Annual report of the Bengal Veterinary College and of the Civil Veterinary Department, Bengal, for the year 1918-19 - 1918-1919
Year: 1918
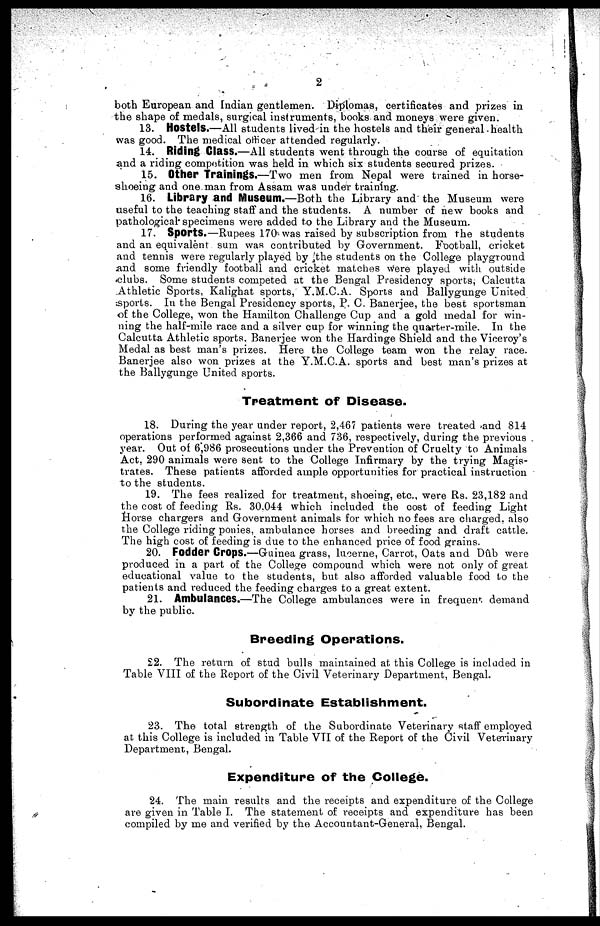
2
both European and Indian gentlemen. Diplomas, certificates and prizes in
the shape of medals, surgical instruments, books and moneys were given.
13. Hostels.—All students lived in the hostels and their general health
was good. The medical officer attended regularly.
14. Riding Class.—All students went through the course of equitation
and a riding competition was held in which six students secured prizes.
15. Other Trainings.—Two men from Nepal were trained in horse-
shoeing and one man from Assam was under training.
16. Library and Museum.—Both the Library and the Museum were
useful to the teaching staff and the students. A number of new books and
pathological specimens were added to the Library and the Museum.
17. Sports.—Rupees 170 was raised by subscription from the students
and an equivalent sum was contributed by Government. Football, cricket
and tennis were regularly played by the students on the College playground
and some friendly football and cricket matches were played with outside
clubs. Some students competed at the Bengal Presidency sports, Calcutta
Athletic Sports. Kalighat sports, Y.M.C.A. Sports and Ballygunge United
sports. In the Bengal Presidency sports, P. C. Banerjee, the best sportsman
of the College, won the Hamilton Challenge Cup and a gold medal for win-
ning the half-mile race and a silver cup for winning the quarter-mile. In the
Calcutta Athletic sports, Banerjee won the Hardinge Shield and the Viceroy's
Medal as best man's prizes. Here the College team won the relay race.
Banerjee also won prizes at the Y.M.C.A. sports and best man's prizes at
the Ballygunge United sports.
Treatment of Disease.
18. During the year under report, 2,467 patients were treated and 814
operations performed against 2,366 and 736, respectively, during the previous
year. Out of 6,986 prosecutions under the Prevention of Cruelty to Animals
Act, 290 animals were sent to the College Infirmary by the trying Magis-
trates. These patients afforded ample opportunities for practical instruction
to the students.
19. The fees realized for treatment, shoeing, etc., were Rs. 23,182 and
the cost of feeding Rs. 30.044 which included the cost of feeding Light
Horse chargers and Government animals for which no fees are charged, also
the College riding ponies, ambulance horses and breeding and draft cattle.
The high cost of feeding is due to the enhanced price of food grains.
20. Fodder Crops.—Guinea grass, lucerne, Carrot, Oats and Dûb were
produced in a part of the College compound which were not only of great
educational value to the students, but also afforded valuable food to the
patients and reduced the feeding charges to a great extent.
21. Ambulances.—The College ambulances were in frequent demand
by the public.
Breeding Operations.
22. The return of stud bulls maintained at this College is included in
Table VIII of the Report of the Civil Veterinary Department, Bengal.
Subordinate Establishment.
23. The total strength of the Subordinate Veterinary staff employed
at this College is included in Table VII of the Report of the Civil Veterinary
Department, Bengal.
Expenditure of the College.
24. The main results and the receipts and expenditure of the College
are given in Table I. The statement of receipts and expenditure has been
compiled by me and verified by the Accountant-General, Bengal.